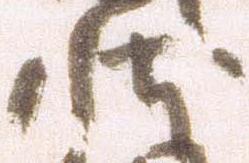
状